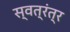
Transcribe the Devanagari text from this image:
स्वत्रंत्र